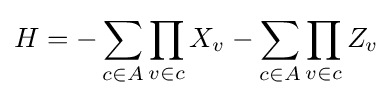
H=-\sum _{c\in A}\prod _{v\in c}X_{v}-\sum _{c\in A}\prod _{v\in c}Z_{v}